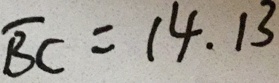
\overline { B C } = 1 4 . 1 3